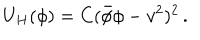
U _ { H } ( \phi ) = C ( \bar { \phi } \phi - v ^ { 2 } ) ^ { 2 } \, .